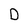
Character: D